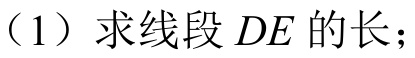
（1）求线段 \(DE\) 的长；